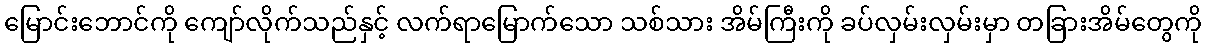
မြောင်းဘောင်ကို ကျော်လိုက်သည်နှင့် လက်ရာမြောက်သော သစ်သား အိမ်ကြီးကို ခပ်လှမ်းလှမ်းမှာ တခြားအိမ်တွေကို